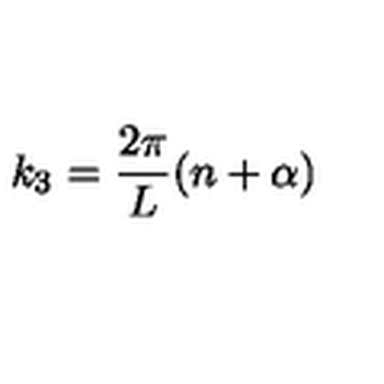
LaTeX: k _ { 3 } = \frac { 2 \pi } { L } ( n + \alpha )